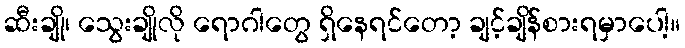
ဆီးချို၊ သွေးချိုလို ရောဂါတွေ ရှိနေရင်တော့ ချင့်ချိန်စားရမှာပေါ့။